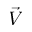
\vec { V }